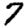
Digit: 7